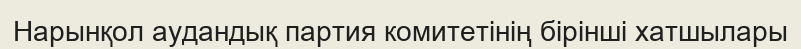
Нарынқол аудандық партия комитетінің бірінші хатшылары